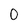
Character: 0